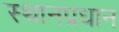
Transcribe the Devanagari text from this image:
स्थानप्रधान